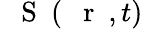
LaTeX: {\mathrm{~{~\mathbf~S~}~}}(\mathrm{~{~\mathbf~r~}~},t)